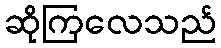
ဆိုကြလေသည်